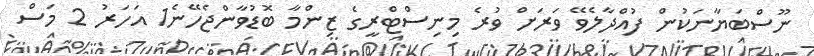
ނޫސްބަޔާނަކުން ފުއްދާލެވޭ ވަރަށް ވުރެ މިނިސްޓްރީގެ ޒިންމާ ބޮޑުވާންޖެހޭނެ1 އަހަރު 2 މަސް